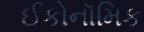
ઈકોનૉમિક